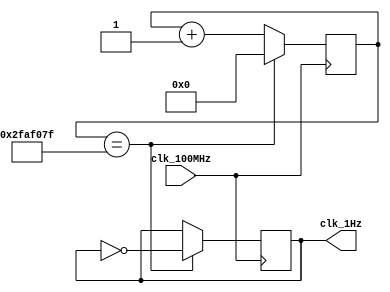
// This program was cloned from: https://github.com/FPGADude/Digital-Design
// License: GNU General Public License v3.0

`timescale 1ns / 1ps

module oneHz_generator(
    input clk_100MHz,       // 100MHz BASYS 3
    output clk_1Hz
    );
    
    reg [25:0] counter_reg = 0;
    reg clk_out_reg = 0;
    
    always @(posedge clk_100MHz) begin
        if(counter_reg == 49_999_999) begin
            counter_reg <= 0;
            clk_out_reg <= ~clk_out_reg;
        end
        else
            counter_reg <= counter_reg + 1;
    end
    
    assign clk_1Hz = clk_out_reg;
    
endmodule